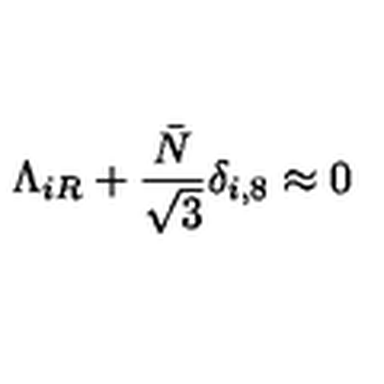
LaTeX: \Lambda _ { i R } + \frac { \bar { N } } { \sqrt 3 } \delta _ { i , 8 } \approx 0